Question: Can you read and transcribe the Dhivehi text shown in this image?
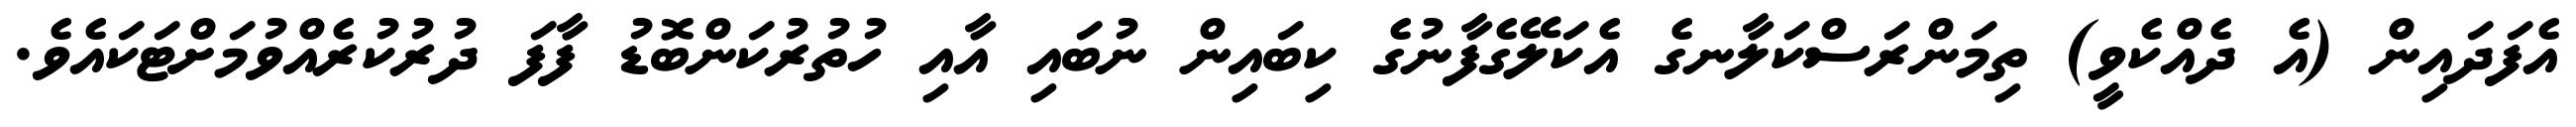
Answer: އެފަދައިން (އެ ދެއްކެވީ) ތިމަންރަސްކަލާނގެ އެކަލޭގެފާނުގެ ކިބައިން ނުބައި އާއި ހުތުރުކަންބޮޑު ފާފަ ދުރުކުރެއްވުމަށްޓަކައެވެ.